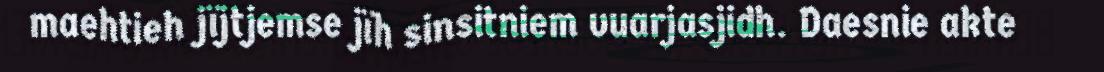
maehtieh jïjtjemse jïh sinsitniem vuarjasjidh. Daesnie akte